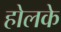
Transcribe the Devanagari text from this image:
होलके